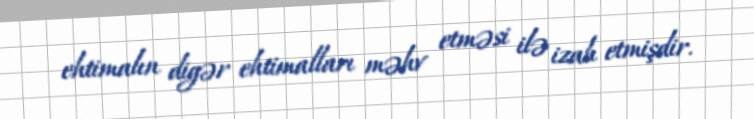
ehtimalın digər ehtimalları məhv etməsi ilə izah etmişdir.